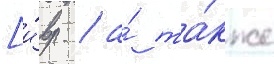
[и́вр. / а́ та́кже